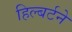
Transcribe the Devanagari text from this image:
हिल्बर्टने